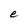
Character: e